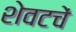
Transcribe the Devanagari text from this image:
शेवटचें